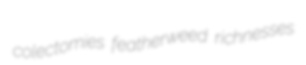
colectomies featherweed richnesses